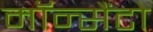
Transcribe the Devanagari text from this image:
मॉन्सैंटो